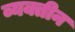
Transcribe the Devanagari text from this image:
व्यक्तीन